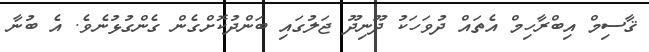
ޤާސިމް އިބްރާހިމް އެތައް ދުވަހަކު ދޫނިދޫ ޖަލުގައި ބަންދުކޮށްގެން ގެންގުޅުނެވެ. އެ ބުނާ